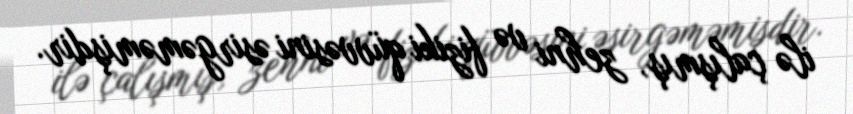
ilə çalışmış, zehni və fiziki qüvvəsini əsirgəməmişdir.